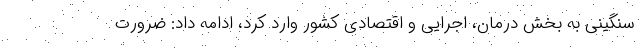
سنگینی به بخش درمان، اجرایی و اقتصادی کشور وارد کرد، ادامه داد: ضرورت